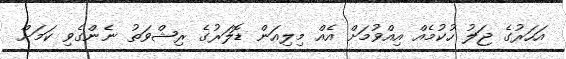
އަހަރުގެ ޖަލު ހުކުމެއް އިއްވުމަށް އެއް މިލިއަން ޑޮލަރުގެ ރިޝްވަތު ނެންގެވި ކަމަށް